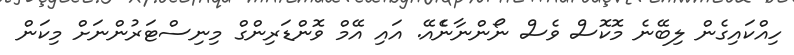
ހިއްކައިގެން ލިބޭނެ މޮކޮސް ވެސް ނޯންނާނެެއޭ. އައި އޭމް ވޮންޑަރިންގް މިނިސްޓަރުންނަށް މިކަން